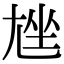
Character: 𡯨